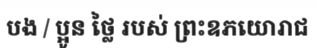
បង / ប្អូន ថ្លៃ របស់ ព្រះឧភយោរាជ